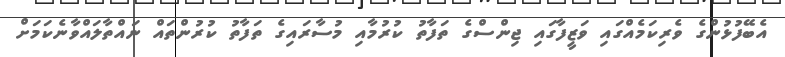
އެބޭފުޅުންގެ ވެރިކަމެއްގައި ވަޒީފާގައި ޖިންސްގެ ތަފާތު ކުރުމާއި މުސާރައިގެ ތަފާތު ކުރުންތައް ނައްތާލައްވާނެކަމަށް